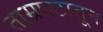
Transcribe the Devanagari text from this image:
ताम्रपटातून